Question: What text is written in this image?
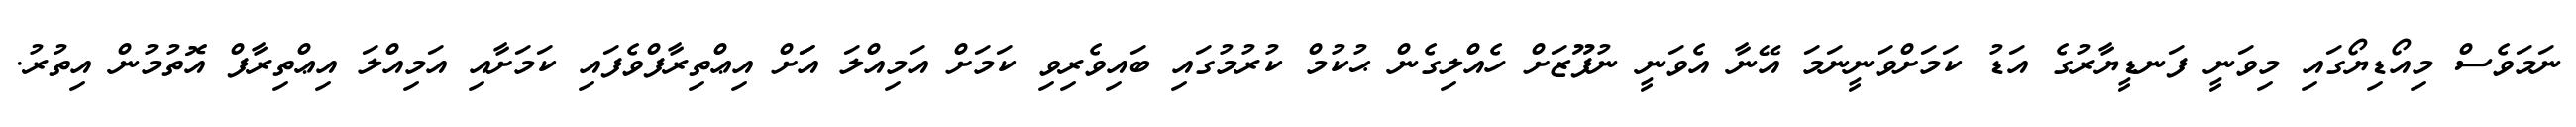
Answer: ނަމަވެސް މިއޯޑިޔޯގައި މިވަނީ ފަނޑީޔާރުގެ އަޑު ކަމަށްވަނީނަމަ އޭނާ އެވަނީ ނުފޫޒަށް ހެއްލިގެން ޙުކުމް ކުރުމުގައި ބައިވެރިވި ކަމަށް އަމިއްލަ އަަށް އިޢްތިރާފްވެފައި ކަމަށާއި އަމިއްލަ އިޢްތިރާފް އޮތުމުން އިތުރު.